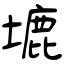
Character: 塶